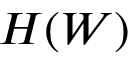
H ( W )